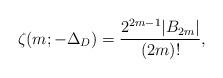
LaTeX: \begin{align*}\zeta (m; - \Delta_D ) = \frac{2^{2m-1} |B_{2m}|} {(2m)!}, \end{align*}